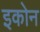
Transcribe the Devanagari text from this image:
इकोन